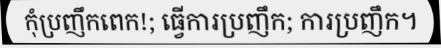
កុំប្រញឹកពេក!; ធ្វើការប្រញឹក; ការប្រញឹក។